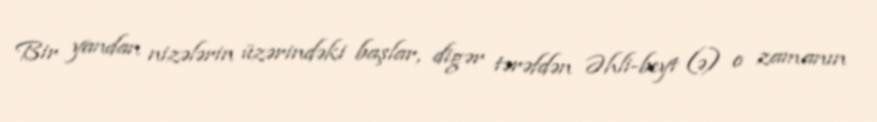
Bir yandan nizələrin üzərindəki başlar, digər tərəfdən Əhli-beyt (ə) o zamanın